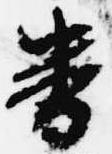
番